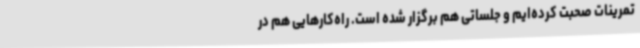
تمرینات صحبت کرده‌ایم و جلساتی هم برگزار شده است. راه‌کارهایی هم در